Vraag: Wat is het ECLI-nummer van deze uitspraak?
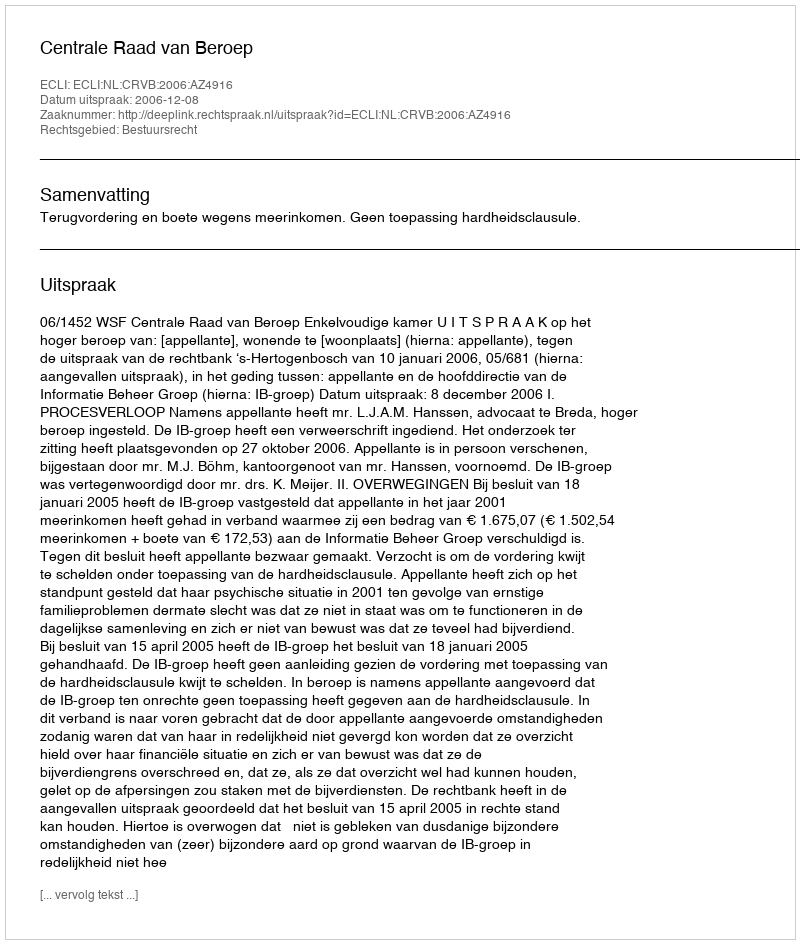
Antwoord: ECLI:NL:CRVB:2006:AZ4916